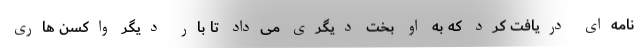
نامه‌ای دریافت کرد که به او بخت دیگری می‌داد تا بار دیگر واکسن هاری